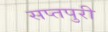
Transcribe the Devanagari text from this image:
सप्तपुरी